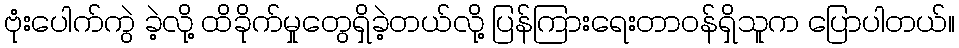
ဗုံးပေါက်ကွဲ ခဲ့လို့ ထိခိုက်မှုတွေရှိခဲ့တယ်လို့ ပြန်ကြားရေးတာဝန်ရှိသူက ပြောပါတယ်။